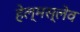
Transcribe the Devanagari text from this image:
हेल्मस्लेव